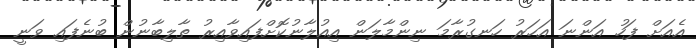
އެއަށް ފަހު އަންނަ އަހަރު ހަނގުރާމަ ނިންމާލަން އިއުލާނުކޮށްފައިވާއިރު ތާލިބާނުން ބުނެފައި ވަނީ